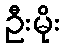
ဦးမိုး